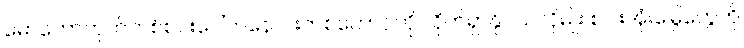
မော်တော်ဘုတ်တစ်စင်းပေါ်ကနေ ငါးတစ်ကောင်ကို လိုက်ရှာနိုင်သလိုမျိုး စပါးအုံးမြွေတွေကို